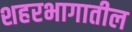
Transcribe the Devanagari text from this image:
शहरभागातील